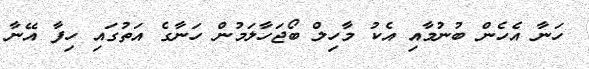
ހަނާ އެހެން ބުނުމާއި އެކު މާހިލް ބޯޖަހާލަމުން ހަނާގެ އަތުގައި ހިފާ އޭނާ